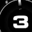
Digit: 3